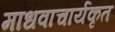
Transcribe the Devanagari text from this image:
माधवाचार्यकृत